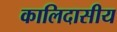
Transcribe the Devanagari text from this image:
कालिदासीय